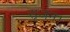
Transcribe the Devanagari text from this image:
सृजन।